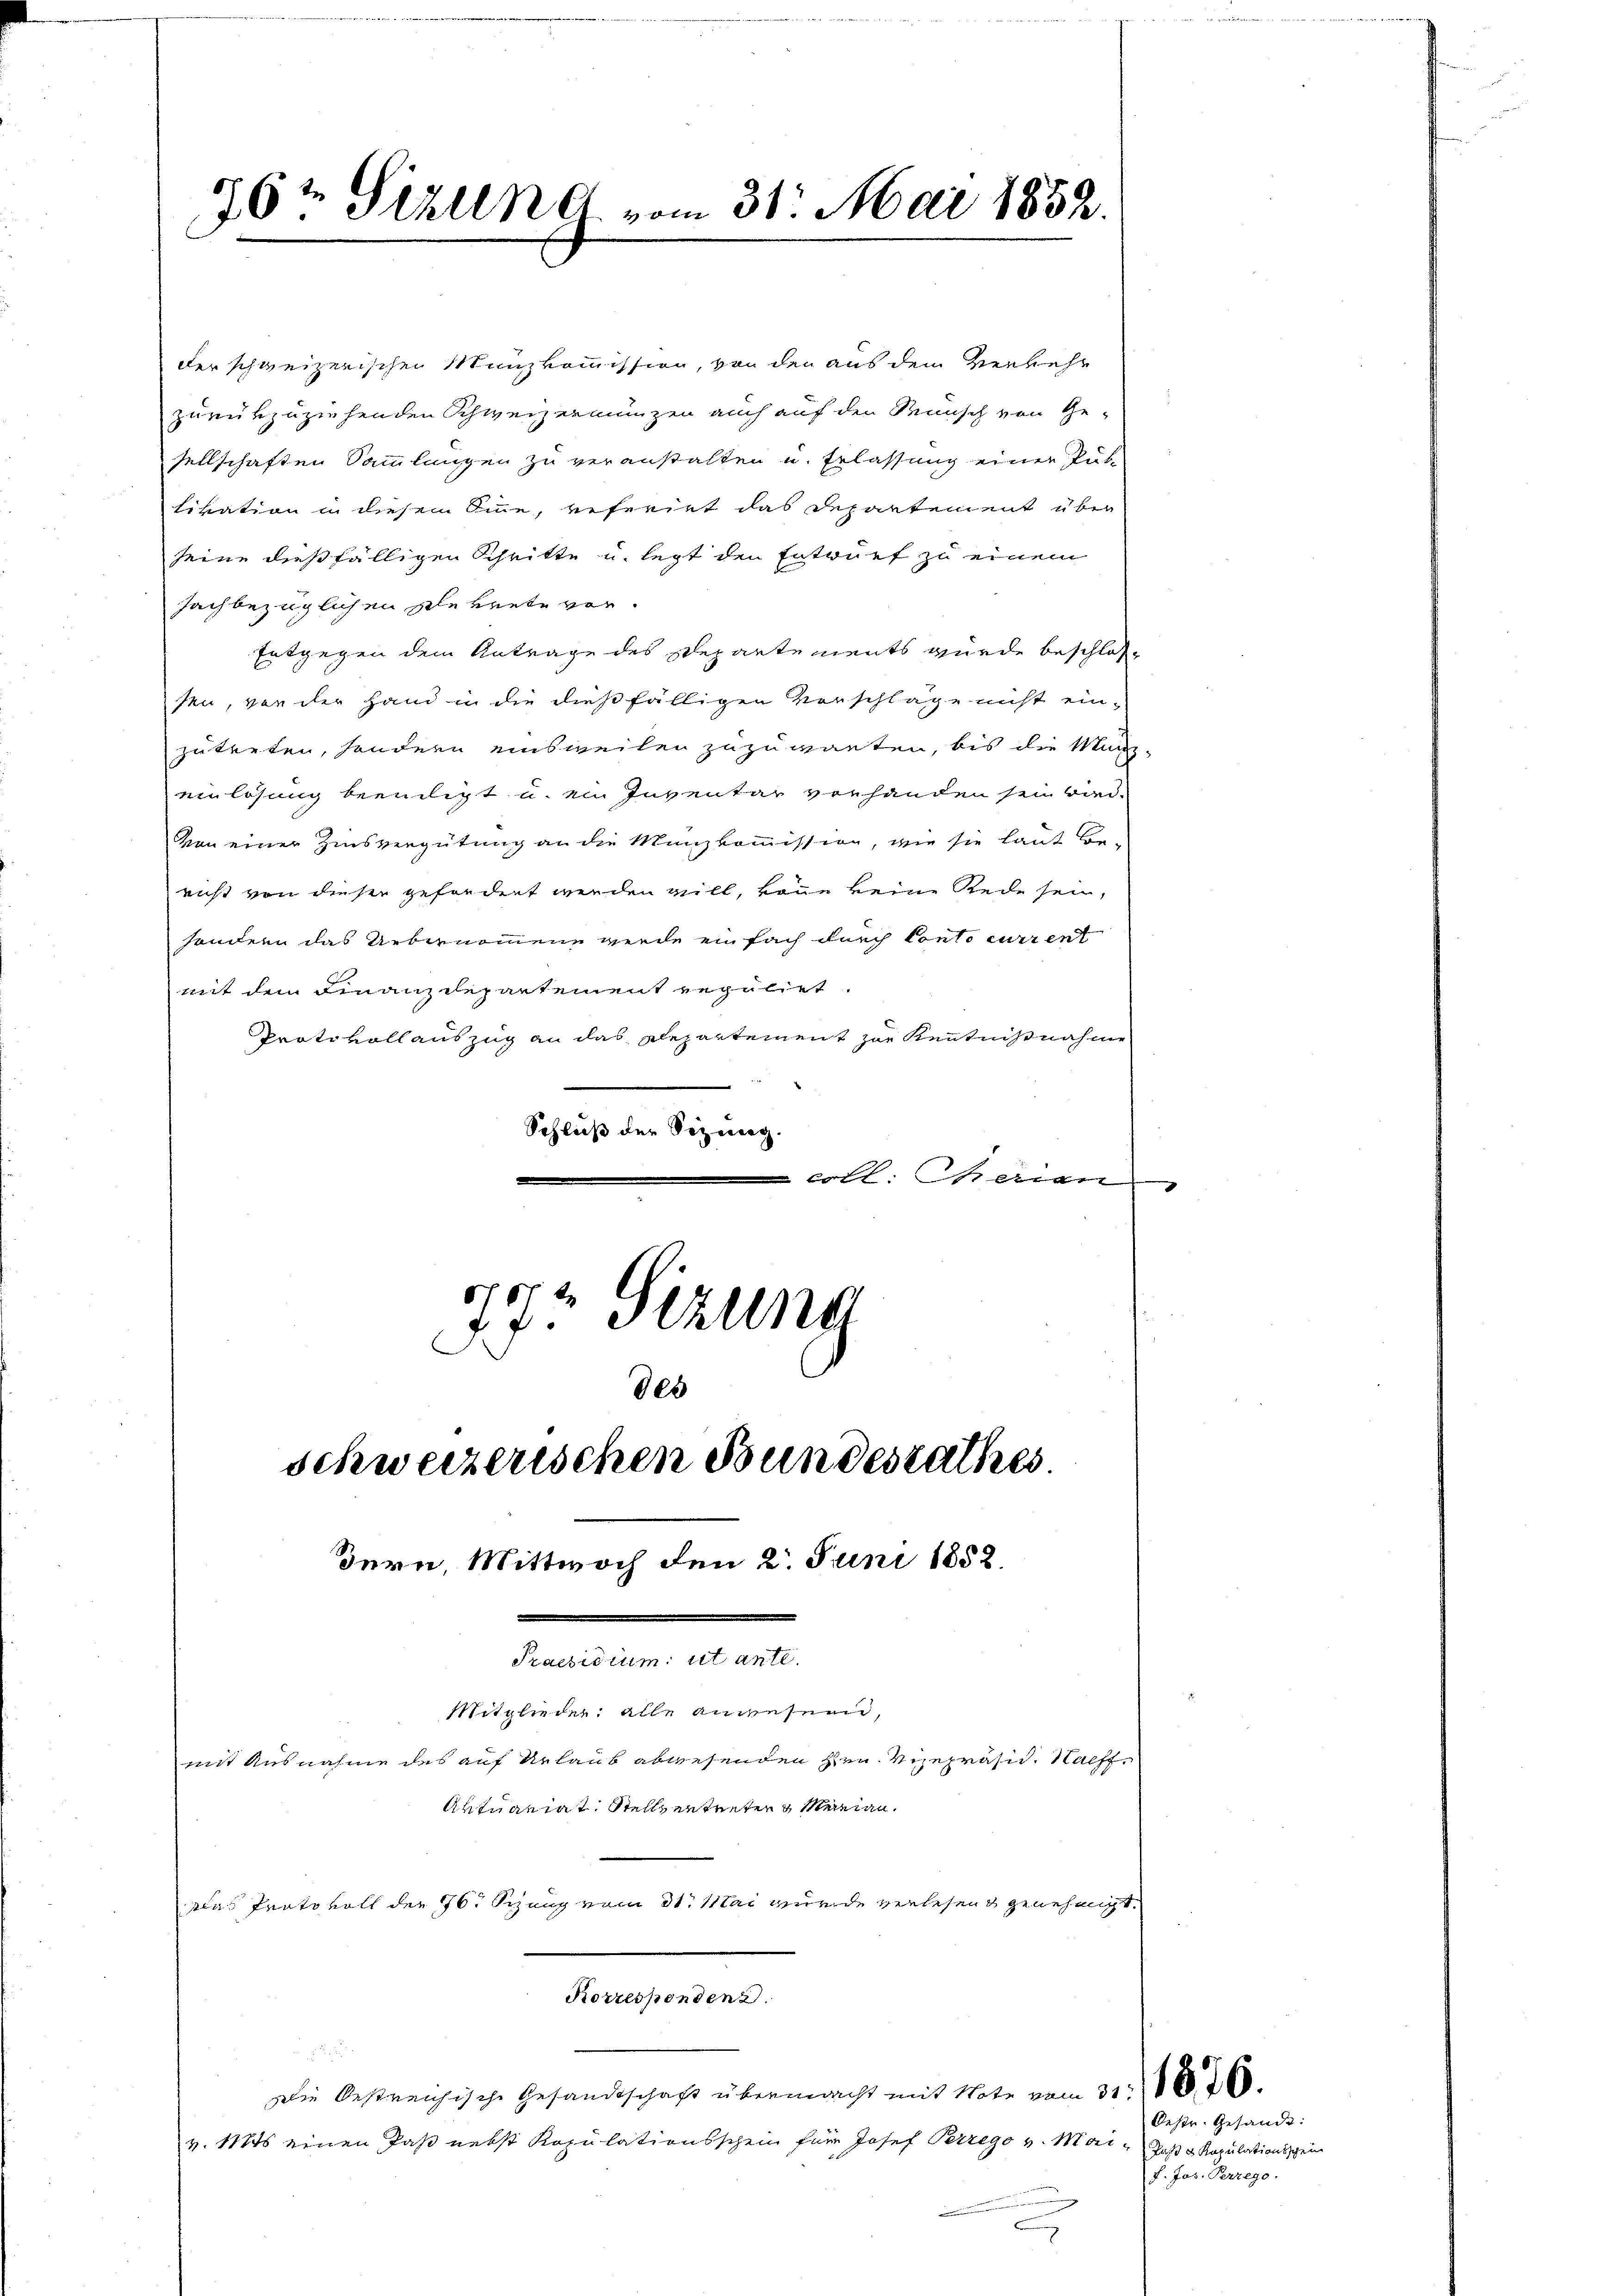
16 t Seelen d. vom 31. Mai 1852.

der schweizerischen Münzkommission, von den aus dem Verkehr
zurükzuziehenden Schweizermünzen auch auf den Wunsch von Ge-
sellschaften Sammlungen zu veranstalten u. Erlassung einer Pub
tivation in diesem Sinne, referiet das Departement über
seine dießfälligen Schritte u. legt den Entwurf zu einem
Jachbezüglichen Sekrete vor.
Entgegen dem Antrage des Departements wurde beschlos
sen, von der Hand in die dießfälligen Vorschläge nicht ein-
zutreten, sondern einsweilen zuzuwarten, bis die Manz-
einlösung beeiligt u. ein Inventar vorhanden sein wird.
Von einer Zinsvergütung an die Münzkommission, wie sie laut Be-
richt von dieser gefordert werden will, könne keine Rede sein,
sondern das Uebernommene werde einfach durch Conto current
mit dem Finanzdepartement regulirt.
Protokoll auszug an das Alepartement zur Kenntnisnahme
Schluß der Sizung.
coll: Gerian
07
173 Sizung
des

schweizerischen Bundesrathes.

Bern, Mittwoch den 2. Juni 1858.

Mitglieder alle angesend,
mit Ausnahme des auf Urlaub abwesenden Hrn. Vizepräsid. Nachf
Aktuariat Stelle entreten Marian¬
Das Protokoll der 76. Sizung vom 31. Mai wurde verlesen & genehmigt.

Praesidium ut ante.

Korrespondenz.

Die Oestreichische Gesandtschaft übermacht mit Note vom 31. 86. 260.
v. Mts einen Paß nebst Kopulationsschein für Josef Perrego v. Mai-Jaß v. Kapulationsschein

Oestr. Gesandt:
f. Jos. Perrego